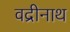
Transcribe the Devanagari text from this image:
वद्रीनाथ